Annual administration report of the Civil Veterinary Department of India - 1898-1899
Year: 1898
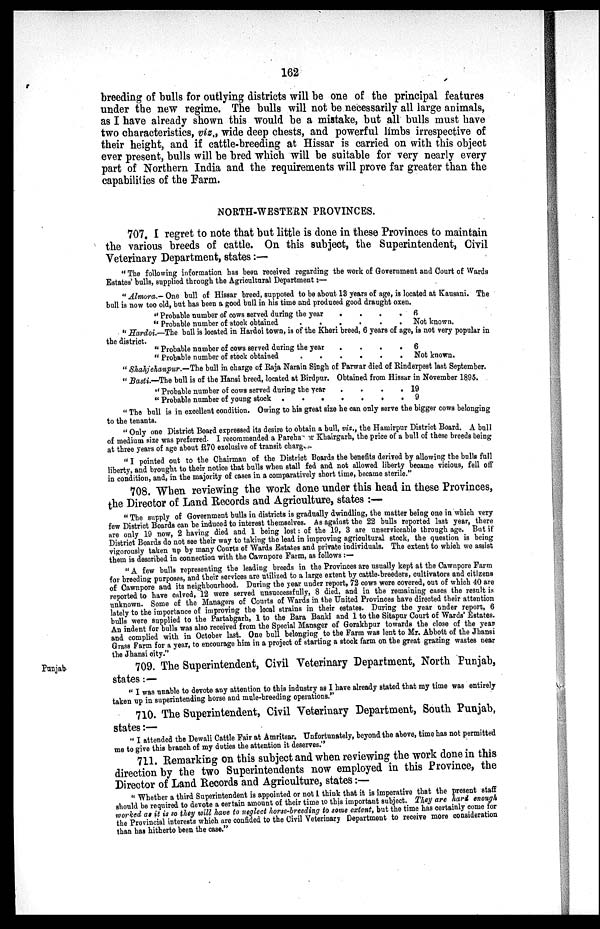
162
breeding of bulls for outlying districts will be one of the principal features
under the new regime. The bulls will not be necessarily all large animals,
as I have already shown this would be a mistake, but all bulls must have
two characteristics, viz., wide deep chests, and powerful limbs irrespective of
their height, and if cattle-breeding at Hissar is carried on with this object
ever present, bulls will be bred which will be suitable for very nearly every
part of Northern India and the requirements will prove far greater than the
capabilities of the Farm.
NORTH-WESTERN PROVINCES.
707. I regret to note that but little is done in these Provinces to maintain
the various breeds of cattle. On this subject, the Superintendent, Civil
Veterinary Department, states:—
" The following information has been received regarding the work of Government and Court of Wards
Estates' bulls, supplied through the Agricultural Department:—
" Almora.— One bull of Hissar breed, supposed to be about 13 years of age, is located at Kausani. The
bull is now too old, but has been a good bull in his time and produced good draught oxen.
" Probable number of cows served during the year . . . .
" Probable number of stook obtained . . . . . .
6
Not known.
" Hardoi.—The bull is located in Hardoi town, is of the Kheri breed, 6 years of age, is not very popular in
the district.
" Probable number of cows served during the year . . . .
" Probable number of stock obtained . . . . . .
6
Not known.
" Shahjehanpur.—The bull in charge of Raja Narain Singh of Parwar died of Rinderpest last September.
" Basti.—The bull is of the Hansi breed, located at Birdpur. Obtained from Hissar in November 1895.
" Probable number of cows served during the year . . . .
" Probable number of young stock . . . . . . .
19
9
" The bull is in excellent condition. Owing to his great size he can only serve the bigger cows belonging
to the tenants.
" Only one District Board expressed its desire to obtain a bull, viz., the Hamirpur District Board. A bull
of medium size was preferred. I recommended a Pareha or Khairgarh, the price of a bull of these breeds being
at three years of age about R70 exclusive of transit charges.
" I pointed out to the Chairman of the District Boards the benefits derived by allowing the bulls full
liberty, and brought to their notice that bulls when stall fed and not allowed liberty became vicious, fell off
in condition, and, in the majority of cases in a comparatively short time, became sterile."
708. When reviewing the work done under this head in these Provinces,
the Director of Land Records and Agriculture, states :—
" The supply of Government bulls in districts is gradually dwindling, the matter being one in which very
few District Boards can be induced to interest themselves. As against the 22 bulls reported last year, there
are only 19 now, 2 having died and 1 being lost: of the 19, 3 are unserviceable through age. But if
District Boards do not see their way to taking the lead in improving agricultural stock, the question is being
vigorously taken up by many Courts of Wards Estates and private individuals. The extent to which we assist
them is described in connection with the Cawnpore Farm, as follows :—
" A few bulls representing the leading breeds in the Provinces are usually kept at the Cawnpore Farm
for breeding purposes, and their services are utilized to a large extent by cattle-breeders, cultivators and citizens
of Cawnpore and its neighbourhood. During the year under report, 72 cows were covered, out of which 40 are
reported to have calved, 12 were served unsuccessfully, 8 died, and in the remaining cases the result is
unknown. Some of the Managers of Courts of Wards in the United Provinces have directed their attention
lately to the importance of improving the local strains in their estates. During the year under report, 6
bulls were supplied to the Partabgarh, 1 to the Bara Banki and 1 to the Sitapur Court of Wards' Estates.
An indent for bulls was also received from the Special Manager of Gorakhpur towards the close of the year
and complied with in October last. One bull belonging to the Farm was lent to Mr. Abbott of the Jhansi
Grass Farm for a year, to encourage him in a project of starting a stock farm on the great grazing wastes near
the Jhansi city."
Punjab
709. The Superintendent, Civil Veterinary Department, North Punjab,
states:—
" I was unable to devote any attention to this industry as I have already stated that my time was entirely
taken up in superintending horse and mule-breeding operations."
710. The Superintendent, Civil Veterinary Department, South Punjab,
states:—
" I attended the Dewali Cattle Fair at Amritsar. Unfortunately, beyond the above, time has not permitted
me to give this branch of my duties the attention it deserves."
711. Remarking on this subject and when reviewing the work done in this
direction by the two Superintendents now employed in this Province, the
Director of Land Records and Agriculture, states:—
" Whether a third Superintendent is appointed or not I think that it is imperative that the present staff
should be required to devote a certain amount of their time to this important subject. They are hard enough
worked as it is so they will have to neglect horse-breeding to some extent, but the time has certainly come for
the Provincial interests which are confided to the Civil Veterinary Department to receive more consideration
than has hitherto been the case."